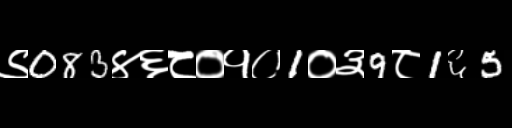
Text: ९083४६८०१०1०३9८1६5